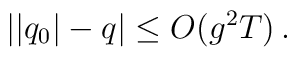
||q_0| - q| \leq O (g^2 T) \, .